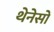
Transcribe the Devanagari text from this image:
थेनेसों